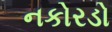
નકોરડો